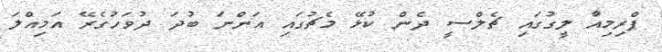
ޕްރިމިއާ ލީގުގައި ޗެލްސީ ދެން ކުޅޭ މެޗުގައި އަންނަ ބުދަ ދުވަހުގެރޭ އަމިއްލަ